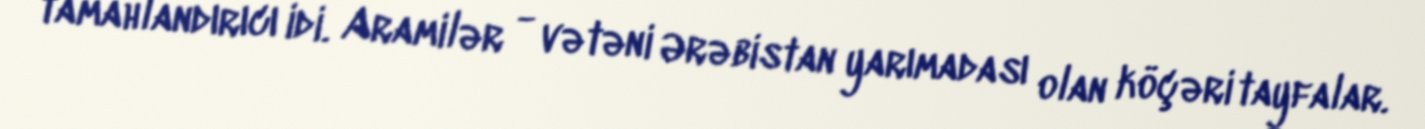
tamahlandırıcı idi. Aramilər - vətəni Ərəbistan yarımadası olan köçəri tayfalar.